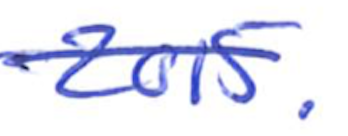
Text: 2015.
Cross-out: single-line
Writing tool: ballpoint